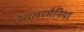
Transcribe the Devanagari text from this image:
रेसलरमैनिया